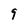
Character: 9